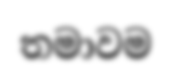
තමාවම